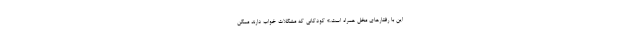
این با رفتارهای مخل همراه است.» کودکانی که مشکلات خواب دارند ممکن